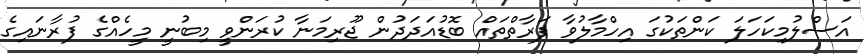
އަސްލުމިކަހަލަ ކަންތަކުގަ އިހްމާލުވާ ފަރާތްތައް ބޮޑުއަދަދުން ޖޫރިމަނާ ކުރަންވީ މިބުނީ މީހެއްގެ ފުރާނައިގެ